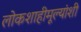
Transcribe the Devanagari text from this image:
लोकशाहीमूल्यांशी